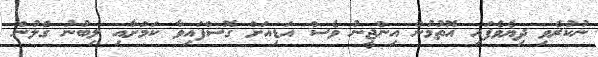
ނުކުރެވި ދިޔެވެފައި އޮތުމުން އިންޖީނު ވެސް އަޑިއަށް ގޮސްފައިވާ ކަމަށާއި ލިބުނު ގެލުން